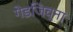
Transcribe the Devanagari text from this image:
गेडजिव्ना